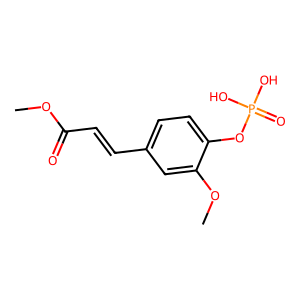
SMILES: COC(=O)C=Cc1ccc(OP(=O)(O)O)c(OC)c1
Inhibits HIV replication: No